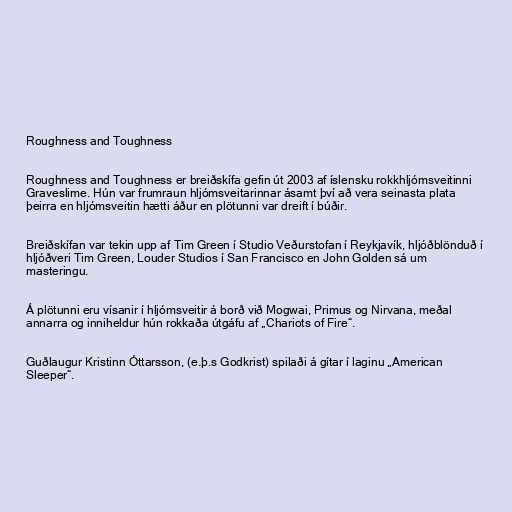
Roughness and Toughness

Roughness and Toughness er breiðskífa gefin út 2003 af íslensku rokkhljómsveitinni
Graveslime. Hún var frumraun hljómsveitarinnar ásamt því að vera seinasta plata
þeirra en hljómsveitin hætti áður en plötunni var dreift í búðir.

Breiðskífan var tekin upp af Tim Green í Studio Veðurstofan í Reykjavík, hljóðblönduð í
hljóðveri Tim Green, Louder Studios í San Francisco en John Golden sá um
masteringu.

Á plötunni eru vísanir í hljómsveitir á borð við Mogwai, Primus og Nirvana, meðal
annarra og inniheldur hún rokkaða útgáfu af „Chariots of Fire“.

Guðlaugur Kristinn Óttarsson, (e.þ.s Godkrist) spilaði á gítar í laginu „American
Sleeper“.